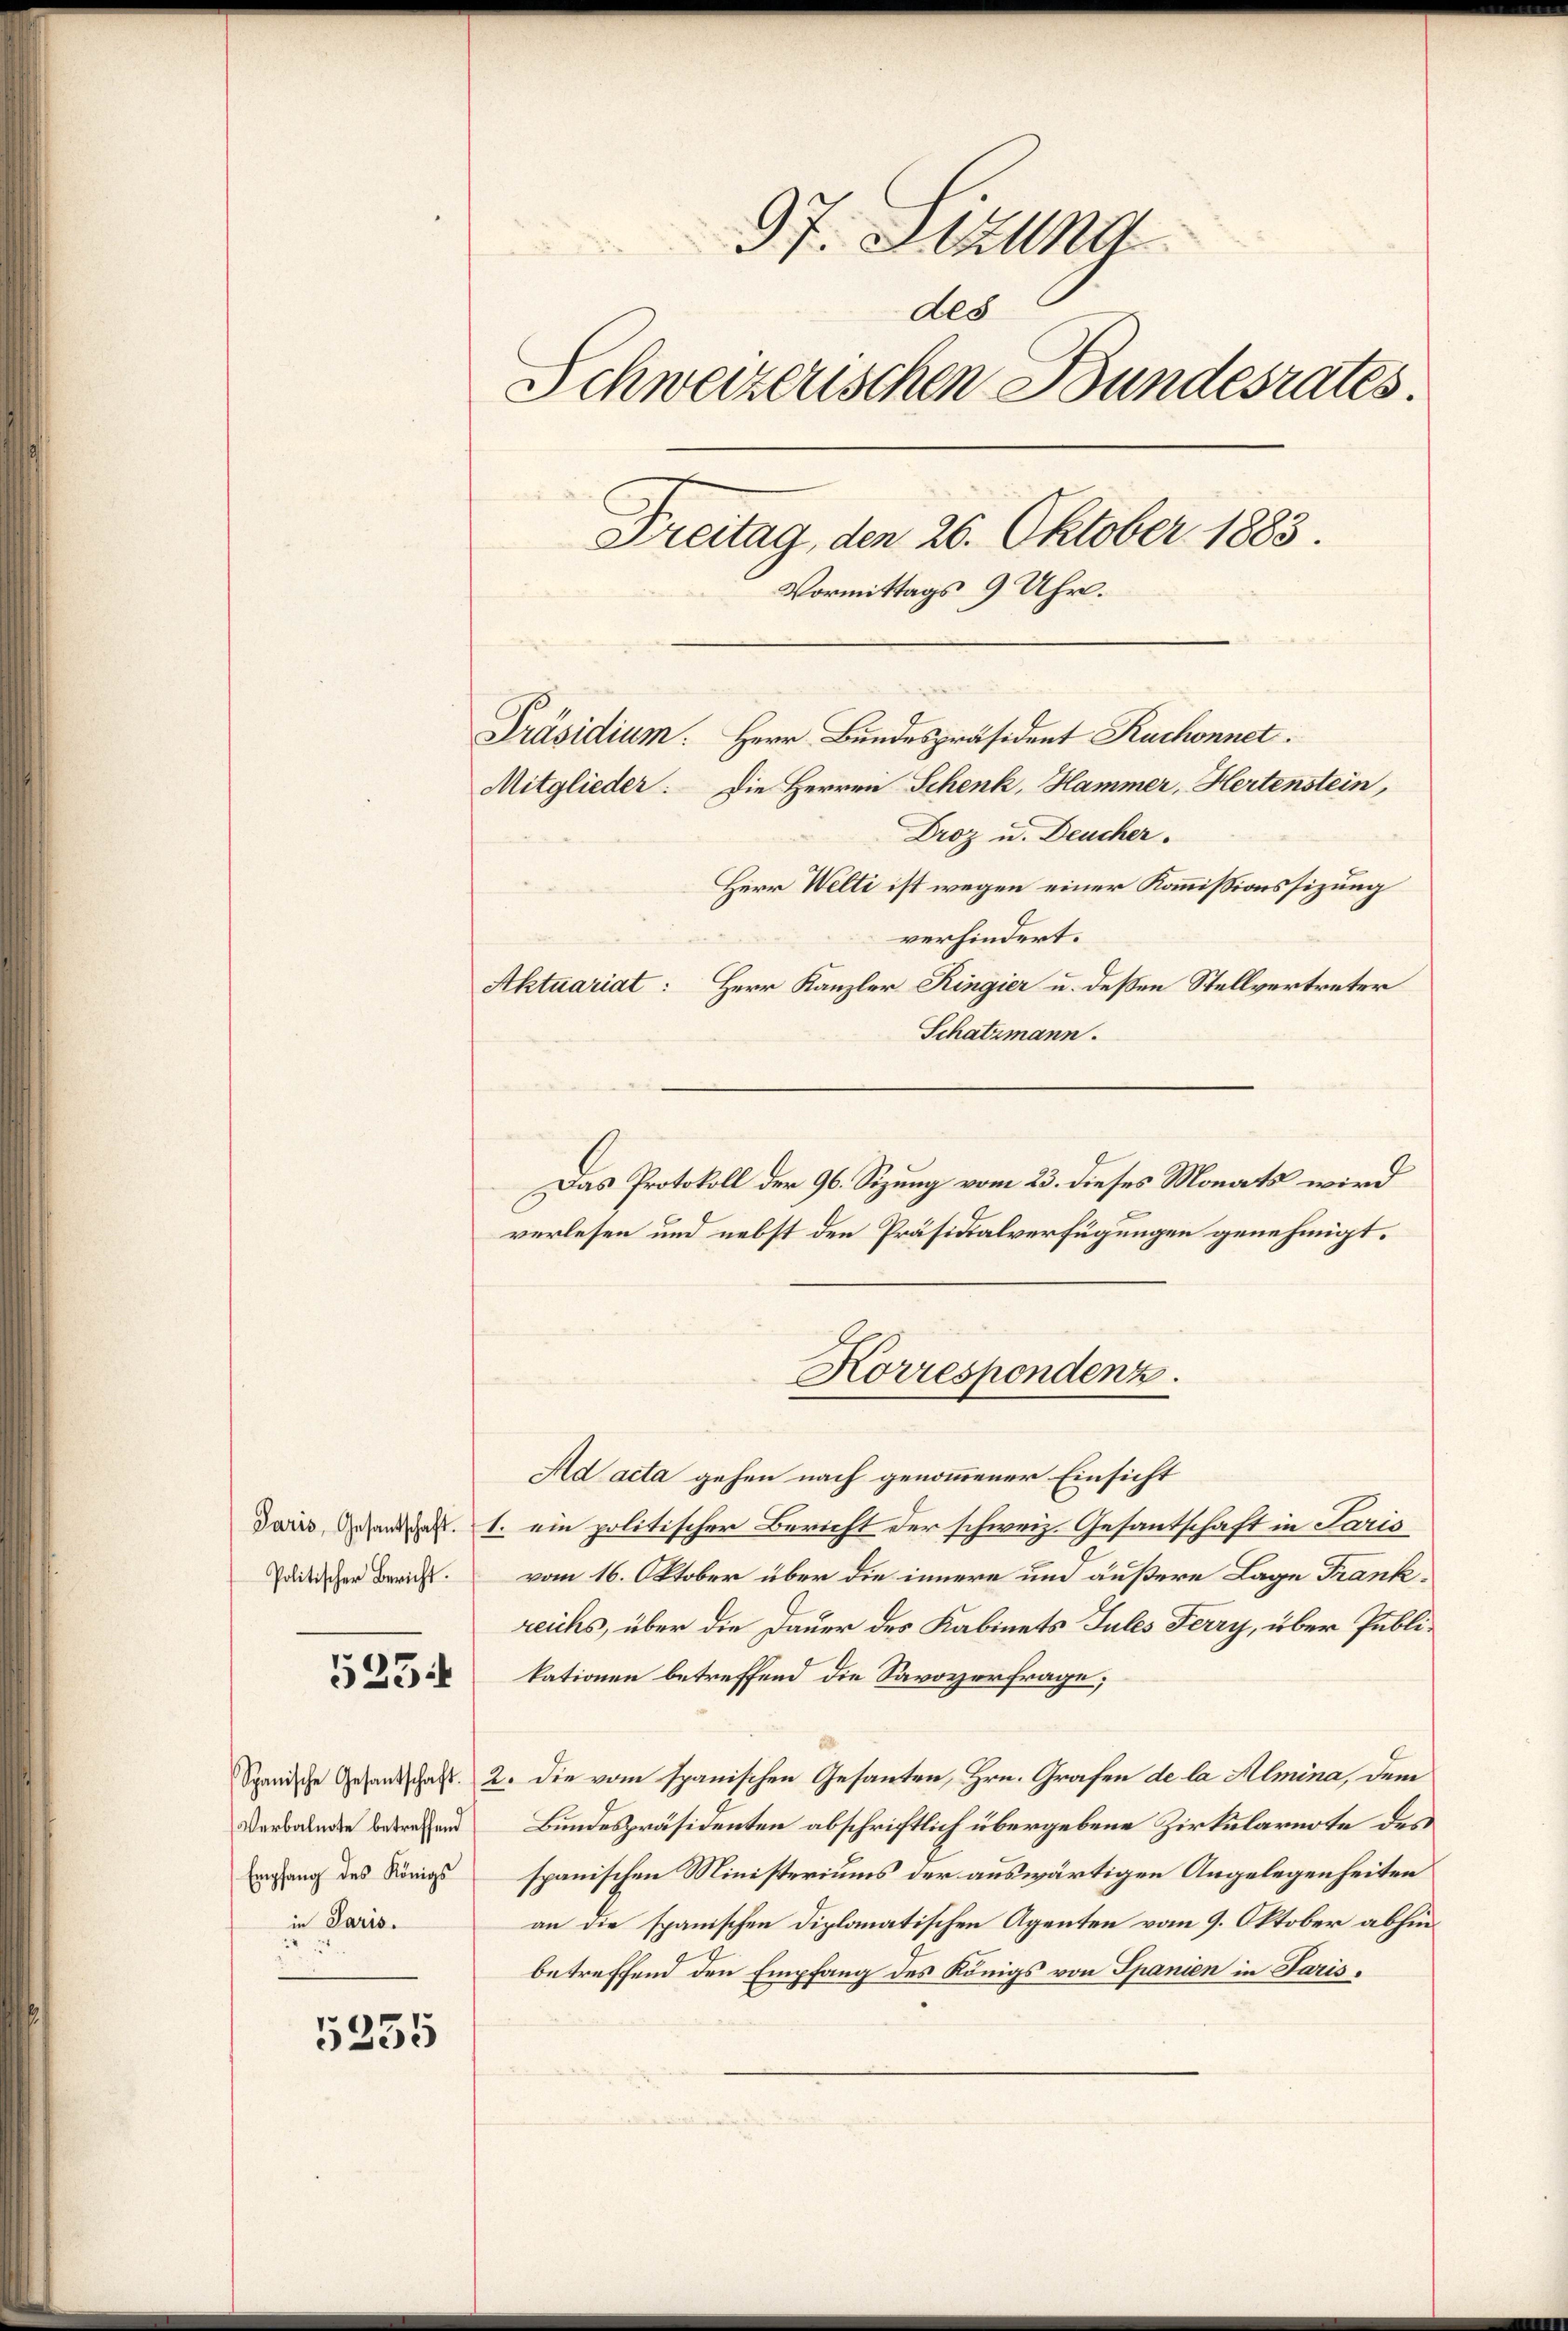
Paris, Gesantschaft.
Politischer Bericht.

523.

Verbalnote betreffend
Empfang des Königs
in Paris.

5235

97. Stund
ded
Schweizerischen Bundesrates.
Freitag, den 26. Oktober 1883.
Vormittags 9 Uhr.
Präsidium. Herr Bundespräsident Ruchonnet.
Mitglieder: Die Herren Schenk, Hammer, Hertenstein,
Droz u. Deucher.
Herr Welti ist wegen einer Kommissionssizung
verhindert.
Aktuariat: Herr Kanzler Ringier u. deßen Stellvertreter

Schatzmann.
Das Protokoll der 96. Sizung vom 23. dieses Monats wird
verlesen und nebst den Präsidialverfügungen genehmigt.
Ad acta gehen nach genommener Einsicht
1. ein politischer Bericht der schweiz. Gesantschaft in Paris
vom 16. Oktober über die innere und äußere Lage Frankreichs, über die Dauer des Kabinets Jules Ferry, über Publikationen betreffend die Savoyerfrage;
Spanische Gesandschaft 2. Die vom spanischen Gesanten, Hrn. Grafen de la Mlmina, dem
Bundespräsidenten abschriftlich übergebene Zirkularnote des
spanischen Ministeriums der auswärtigen Angelegenheiten
an die spanischen Diplomatischen Agenten vom 9. Oktober abhin
betreffend den Empfang des Königs von Spanien in Paris,

Korrespondenz.